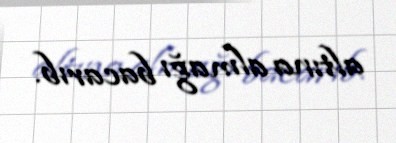
altına almağı bacarıb.